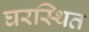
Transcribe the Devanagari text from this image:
घरस्थित